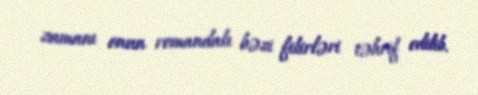
zamanı onun romandakı bəzi fikirləri təhrif edilib.